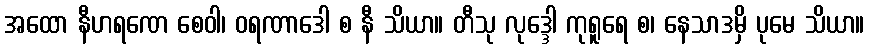
အထော နီဟရဏေ စေဝါ၊ ဝရဏာဒေါ စ နီ သိယာ။ တီသု လုဒ္ဒေါ ကုရူရေ စ၊ နေသာဒမှိ ပုမေ သိယာ။